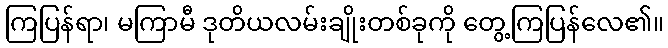
ကြပြန်ရာ၊ မကြာမီ ဒုတိယလမ်းချိုးတစ်ခုကို တွေ့ကြပြန်လေ၏။